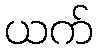
ယက်